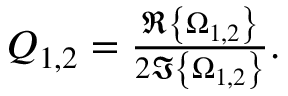
\begin{array} { r } { Q _ { 1 , 2 } = \frac { \Re \left\{ \Omega _ { 1 , 2 } \right\} } { 2 \Im \left\{ \Omega _ { 1 , 2 } \right\} } . } \end{array}